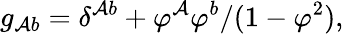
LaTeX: g_{\mathcal{A}b}=\delta^{\mathcal{A}b}+\varphi^{\mathcal{A}}\varphi^{b}/(1-\varphi^{2}),